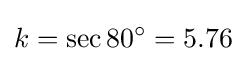
k=\sec 80^{\circ }=5.76